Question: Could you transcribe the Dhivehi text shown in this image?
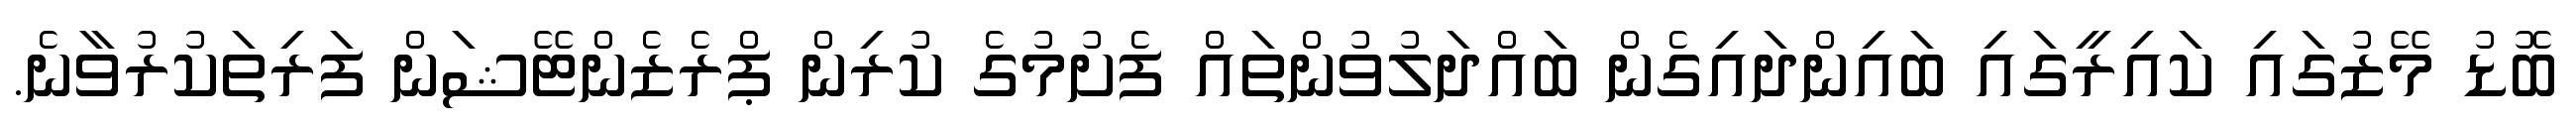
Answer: ބޮޑު މޭޒުގައި ކައިރީގައި ބައިންދައިގެން ބައްދަލުވުންތައް ފެށުމުގެ ކުރިން ޕްރެޒެންޓޭޝަން ފަރިތަކުރުވާނެ.